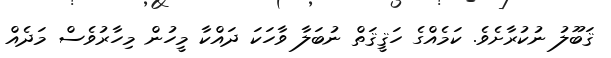
ޤަބޫލު ނުކުރާށެވެ. ކަމެއްގެ ހަޤީޤަތް ނުބަލާ ވާހަކަ ދައްކާ މީހުން މިހާރުވެސް މަދެއް